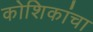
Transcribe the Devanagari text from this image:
कोशिकांचा